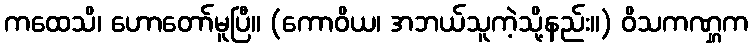
ကထေသိ၊ ဟောတော်မူပြီ။ (ကောဝိယ၊ အဘယ်သူကဲ့သို့နည်း။) ဝိသကဏ္ဋက